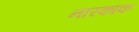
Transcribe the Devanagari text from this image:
नारकाक